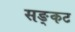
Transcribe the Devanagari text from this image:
सङ्कट